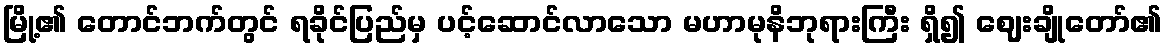
မြို့၏ တောင်ဘက်တွင် ရခိုင်ပြည်မှ ပင့်ဆောင်လာသော မဟာမုနိဘုရားကြီး ရှိ၍ ဈေးချိုတော်၏